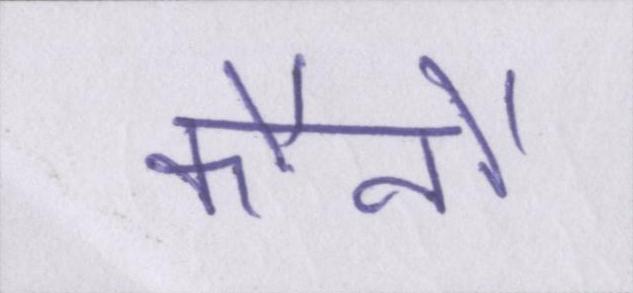
कौनौ